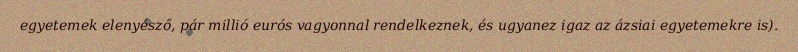
egyetemek elenyésző, pár millió eurós vagyonnal rendelkeznek, és ugyanez igaz az ázsiai egyetemekre is).